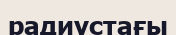
радиустағы